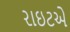
રાઇટએ